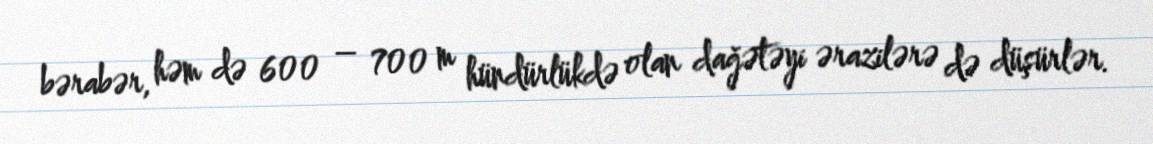
bərabər, həm də 600 – 700 m hündürlükdə olan dağətəyi ərazilərə də düşürlər.